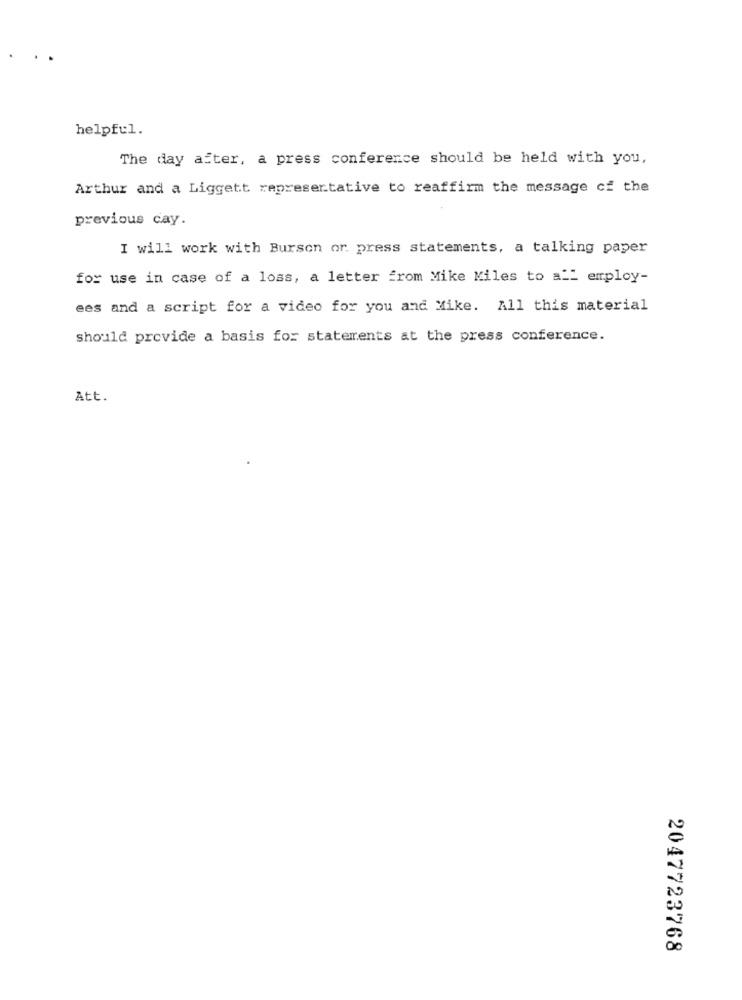
helpful.
The day after, a press conference should be held with you,
Arthur and a Liggett representative to reaffirm the message cf the
previous cay.
I will work with Burson or press statements, a talking paper
for use in case of a loss, a letter from Mike Miles to a"" employ-
ees and a script for a video for you and Mike. All this material
should provide a basis for statements at the press conference.
Att.
2047723768